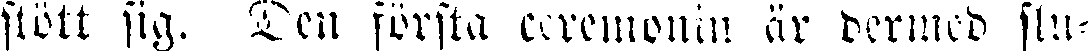
stött sig. Den första ceremonin är dermed slu-